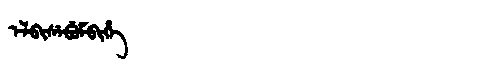
Manchu: ᡝᠯᠪᡳᠰᡝᠪᡠᠮᠪᡳᡥᡝ
Romanization: ELBISEBUMBIHE